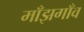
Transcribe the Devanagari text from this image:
माँझगाँव